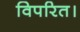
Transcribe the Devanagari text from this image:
विपरित।